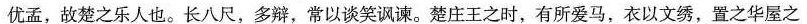
优孟，故楚之乐人也。长八尺，多辩，常以谈笑讽谏。楚庄王之时，有所爱马，衣以文绣，置之华屋之